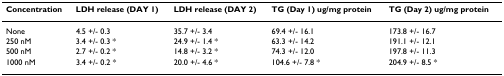
<table><thead><tr><td><b>Concentration</b></td><td><b>LDH release (DAY 1)</b></td><td><b>LDH release (DAY 2)</b></td><td><b>TG (Day 1) ug/mg protein</b></td><td><b>TG (Day 2) ug/mg protein</b></td></tr></thead><tbody><tr><td>None</td><td>4.5 +/- 0.3</td><td>35.7 +/- 3.4</td><td>69.4 +/- 16.1</td><td>173.8 +/- 16.7</td></tr><tr><td>250 nM</td><td>3.4 +/- 0.3 *</td><td>24.9 +/- 1.4 *</td><td>63.3 +/- 14.2</td><td>191.1 +/- 12.1</td></tr><tr><td>500 nM</td><td>2.7 +/- 0.2 *</td><td>14.8 +/- 3.2 *</td><td>74.3 +/- 12.0</td><td>197.8 +/- 11.3</td></tr><tr><td>1000 nM</td><td>3.4 +/- 0.2 *</td><td>20.0 +/- 4.6 *</td><td>104.6 +/- 7.8 *</td><td>204.9 +/- 8.5 *</td></tr></tbody></table>